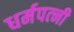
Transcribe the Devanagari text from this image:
धर्मपत्‍नी